Eesti_Vabariigi_Tartu_Ulikool, lk 57
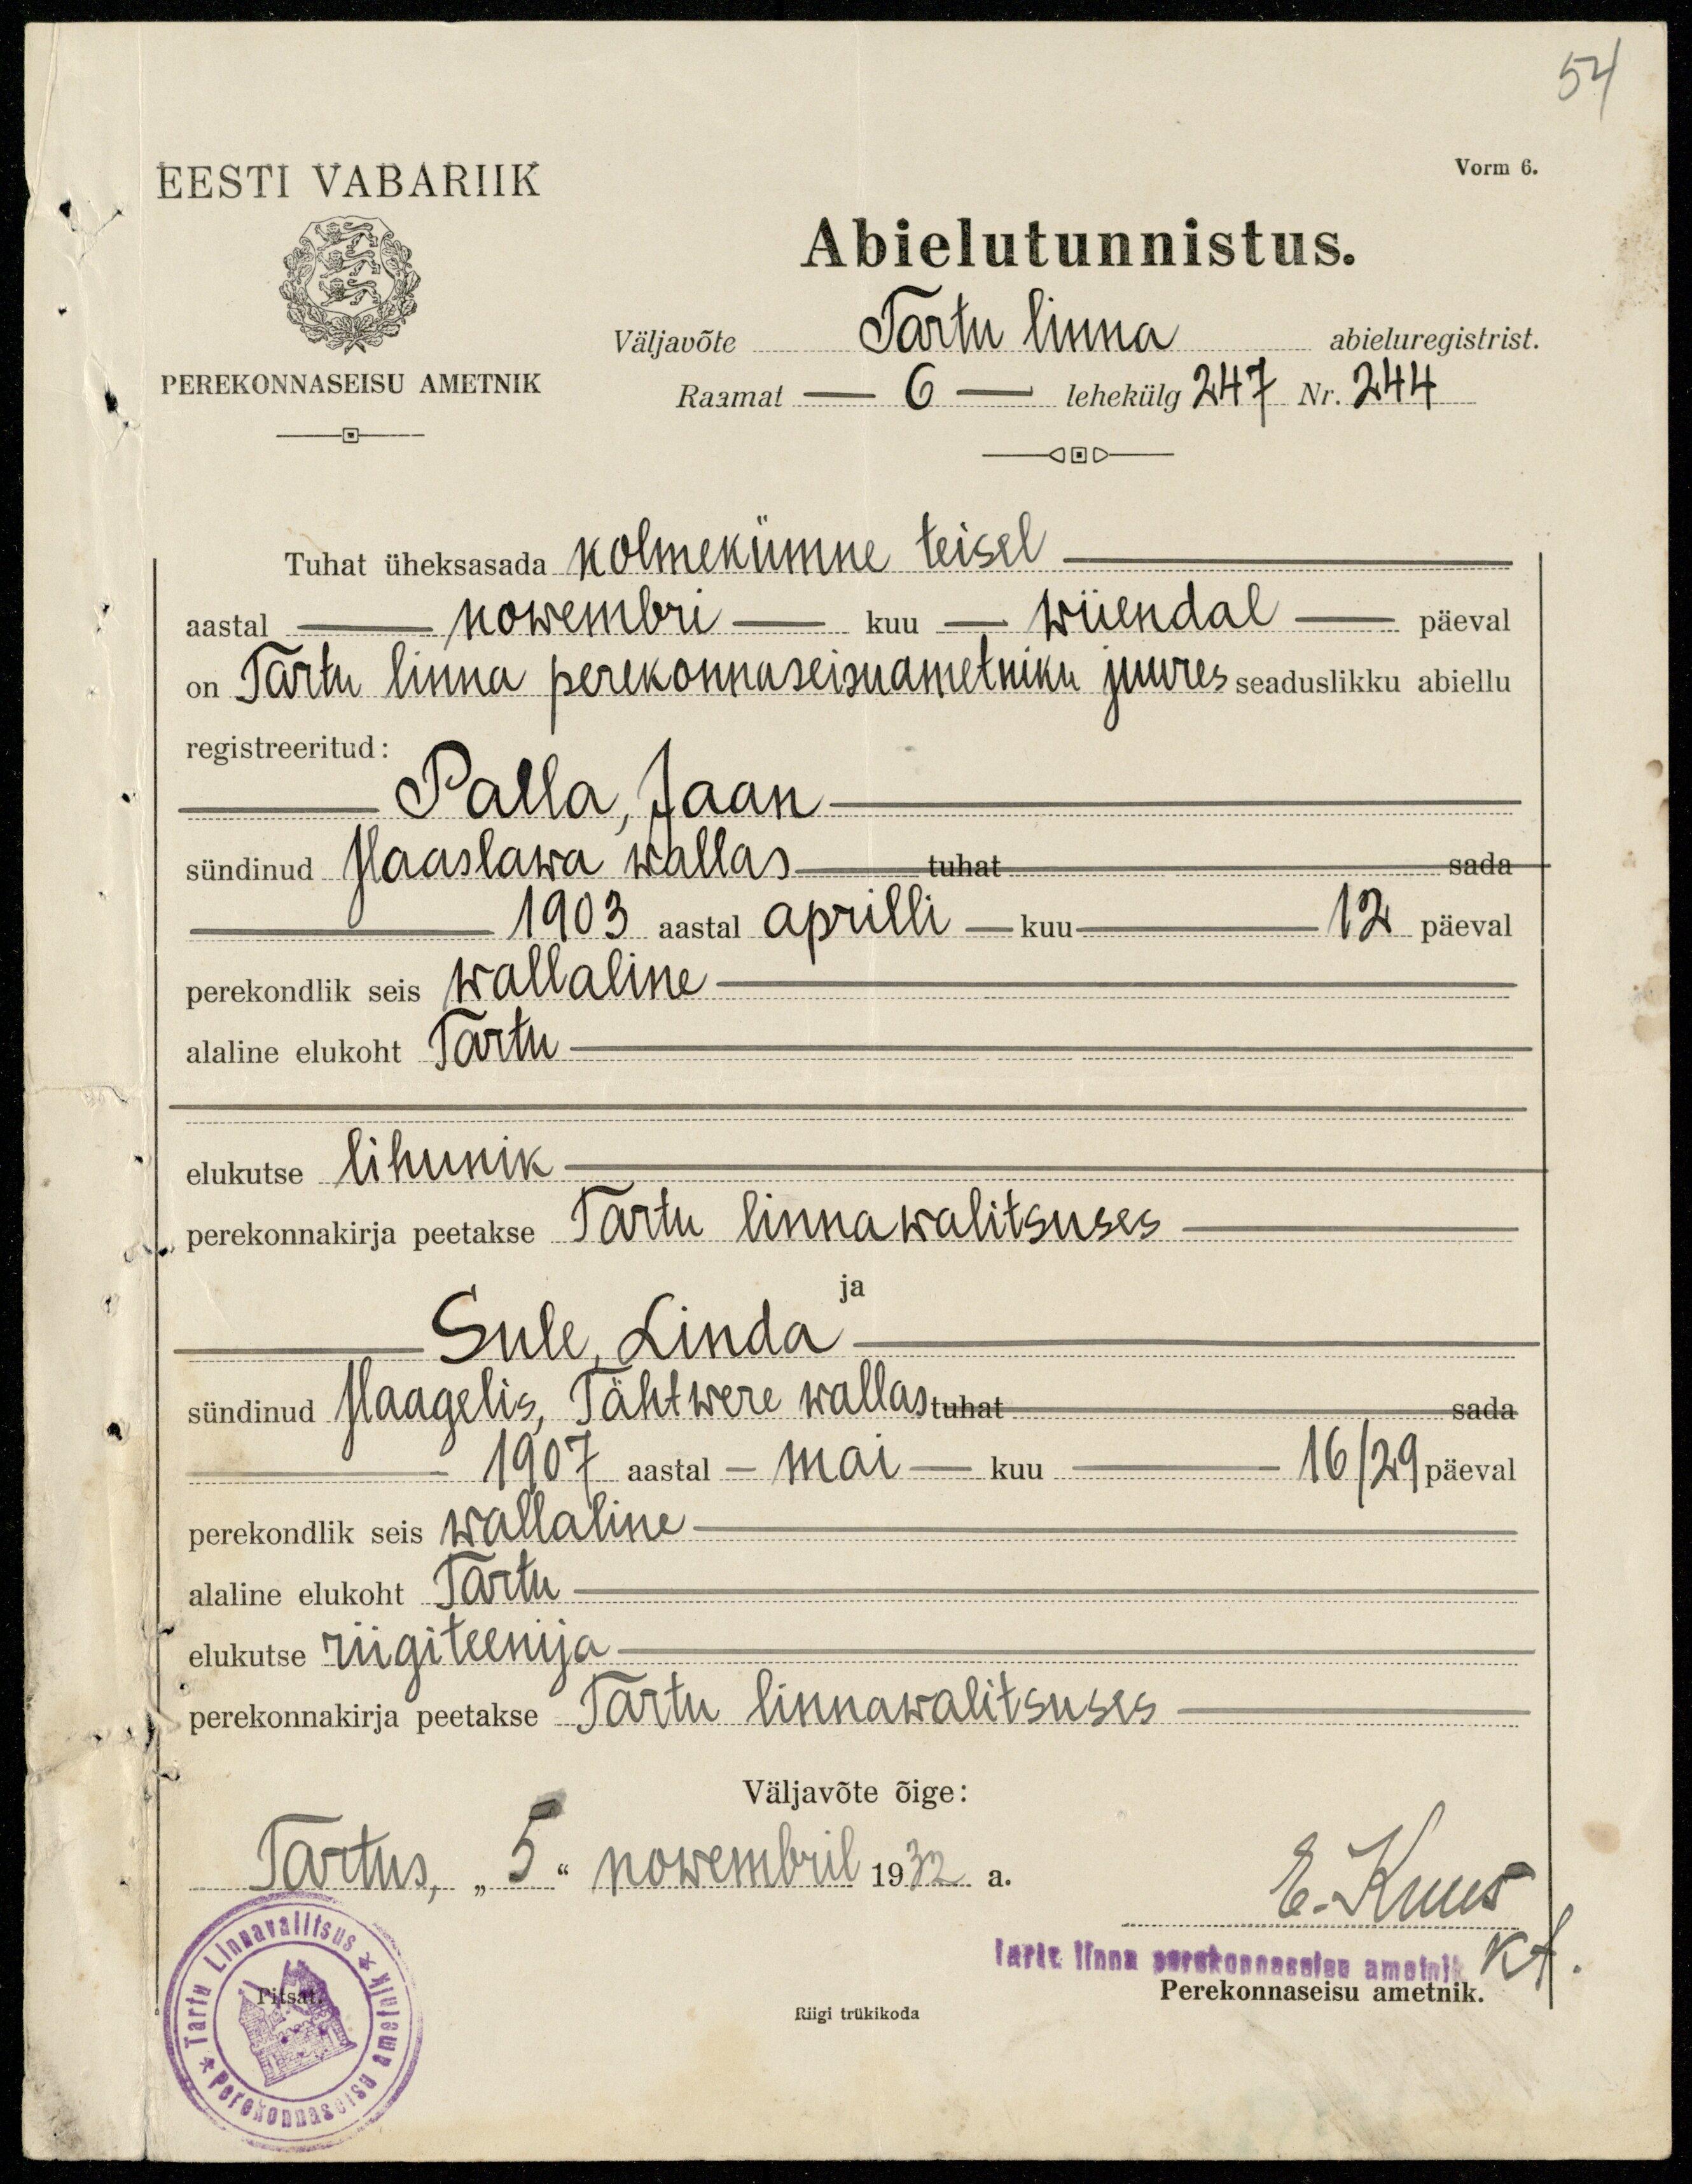
54
Vorm 6.
EESTI VABARIIK
PEREKONNASEISU AMETNIK
Abielutunnistus.
väljavõte Tartu linna abieluregistrist.
Raamat -6- lehekülg 247 Nr. 244
Tuhat üheksasada kolmekümne teisel
aastal
nowembri - kuu - wiiendal - päeval
on Tartu linna perekonnaseisuametniku juures seaduslikku abiellu
registreeritud:
Palla, Jaan
sündinud Haaslawa wallas tuhat
1903 aastal aprilli - kuu - 12 päeval
perekondlik seis wallaline
alaline elukoht Tartu
elukutse lihunik
perekonnakirja peetakse Tartu linnawalitsuses.
ja
Sule Linda
sündinud Haagelis, Tähtwere wallas tuhat sada
1907 aastal - mai - kuu - 16/29 päeval
perekondlik seis wallaline
alaline elukoht Tartu
elukutse riigiteenija.
perekonnakirja peetakse Tartu linnawalitsuses
Väljavõte õige:
Tartus, "5" nowembril 1932 a.
E. Kuus
Tartu linna perekonnaseisu ametnik
Kt.
Riigi trükikoda
Perekonnaseisu ametnik.